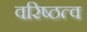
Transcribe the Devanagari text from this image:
वरिष्ठत्व